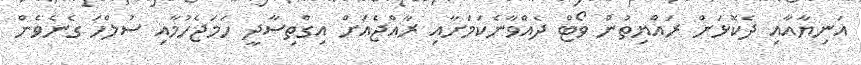
އަނިޔާއާއި ދެކޮޅަށް ރައްޔިތުން ވޯޓް ދެއްވާނެކަމަށާއި ރާއްޖެއަށް އިގްތިސާދީ ހަމަޖެހުމާއި ސުލްހަ ގެނެވެން